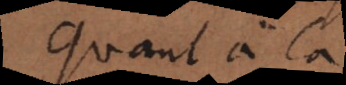
Quant à la